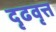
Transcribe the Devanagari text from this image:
दृढवृत्त